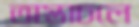
অস্তাচলে